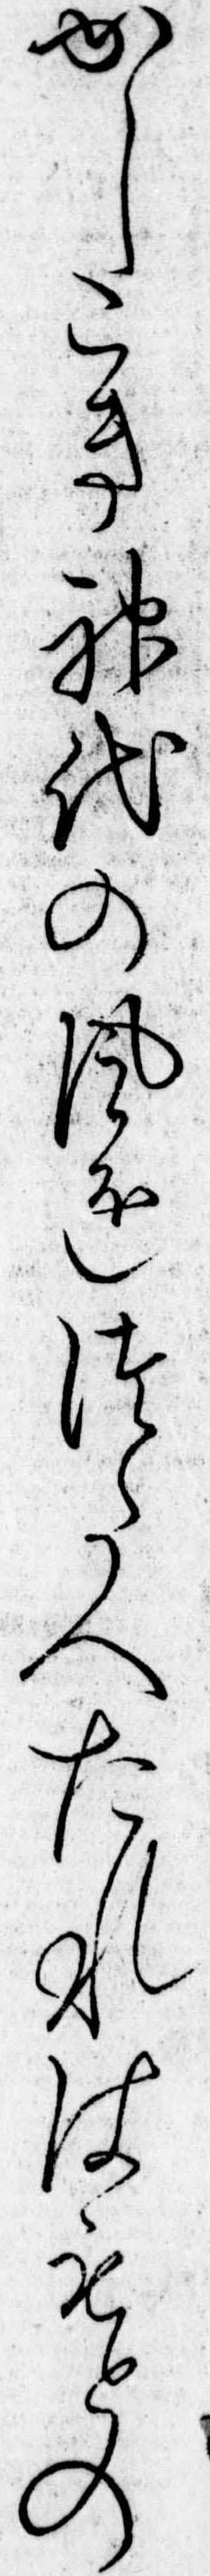
かしこき神代の風をつたへたれはもとの